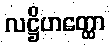
လဋ္ဌိဟတ္ထော